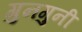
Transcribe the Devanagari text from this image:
गुनगुनी